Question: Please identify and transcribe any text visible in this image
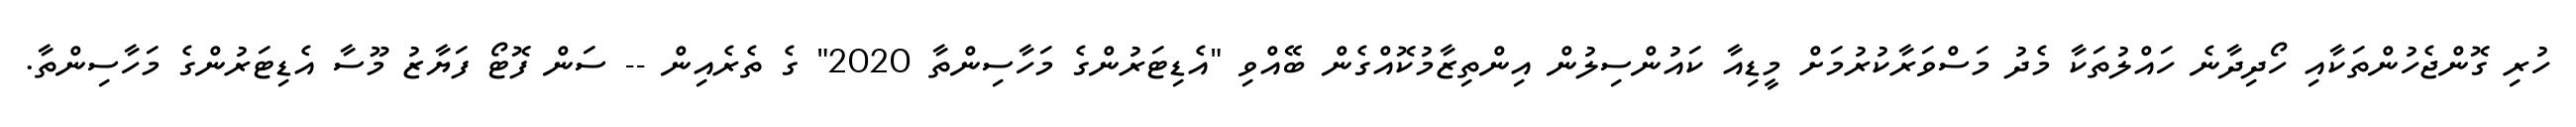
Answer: ހުރި ގޮންޖެހުންތަކާއި ހޯދިދާނެ ހައްލުތަކާ މެދު މަސްވަރާކުރުމަށް މީޑިއާ ކައުންސިލުން އިންތިޒާމުކޮއްގެން ބޭއްވި "އެޑިޓަރުންގެ މަހާސިންތާ 2020" ގެ ތެރެއިން -- ސަން ފޮޓޯ ފަޔާޒު މޫސާ އެޑިޓަރުންގެ މަހާސިންތާ.